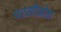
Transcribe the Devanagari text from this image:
परसीफ़ोन